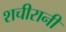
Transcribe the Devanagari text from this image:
शचीरानी